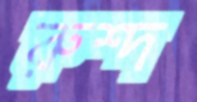
রুশ্দ